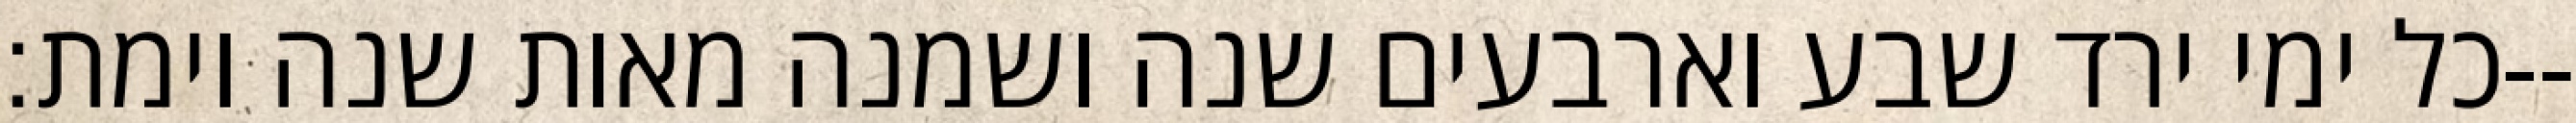
כל ימי ירד שבע וארבעים שנה ושמנה מאות שנה וימת׃--